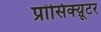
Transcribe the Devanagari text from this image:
प्रॉसिक्य़ूटर